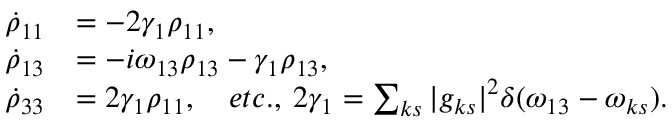
\begin{array} { r l } { \dot { \rho } _ { 1 1 } } & { = - 2 \gamma _ { 1 } \rho _ { 1 1 } , } \\ { \dot { \rho } _ { 1 3 } } & { = - i \omega _ { 1 3 } \rho _ { 1 3 } - \gamma _ { 1 } \rho _ { 1 3 } , } \\ { \dot { \rho } _ { 3 3 } } & { = 2 \gamma _ { 1 } \rho _ { 1 1 } , \quad e t c . , \: 2 \gamma _ { 1 } = \sum _ { k s } | g _ { k s } | ^ { 2 } \delta ( \omega _ { 1 3 } - \omega _ { k s } ) . } \end{array}